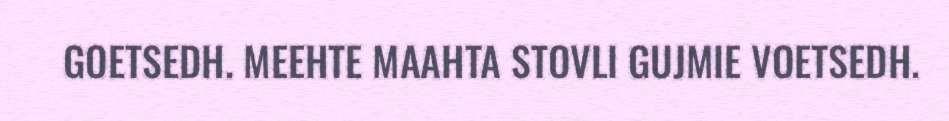
GOETSEDH. MEEHTE MAAHTA STOVLI GUJMIE VOETSEDH.